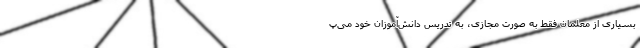
بسیاری از معلمان فقط به صورت مجازی، به تدریس دانش‌آموزان خود می‌پ